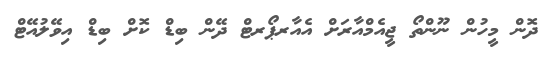
ދޮން މީހުން ނޫންތޯ ޖީއެމްއާރަށް އެއާރޕޯރޓް ދޭން ބިޑް ކޮށް ބިޑް އިވޭލުއޭޓް